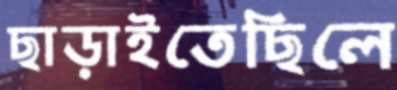
ছাড়াইতেছিলে